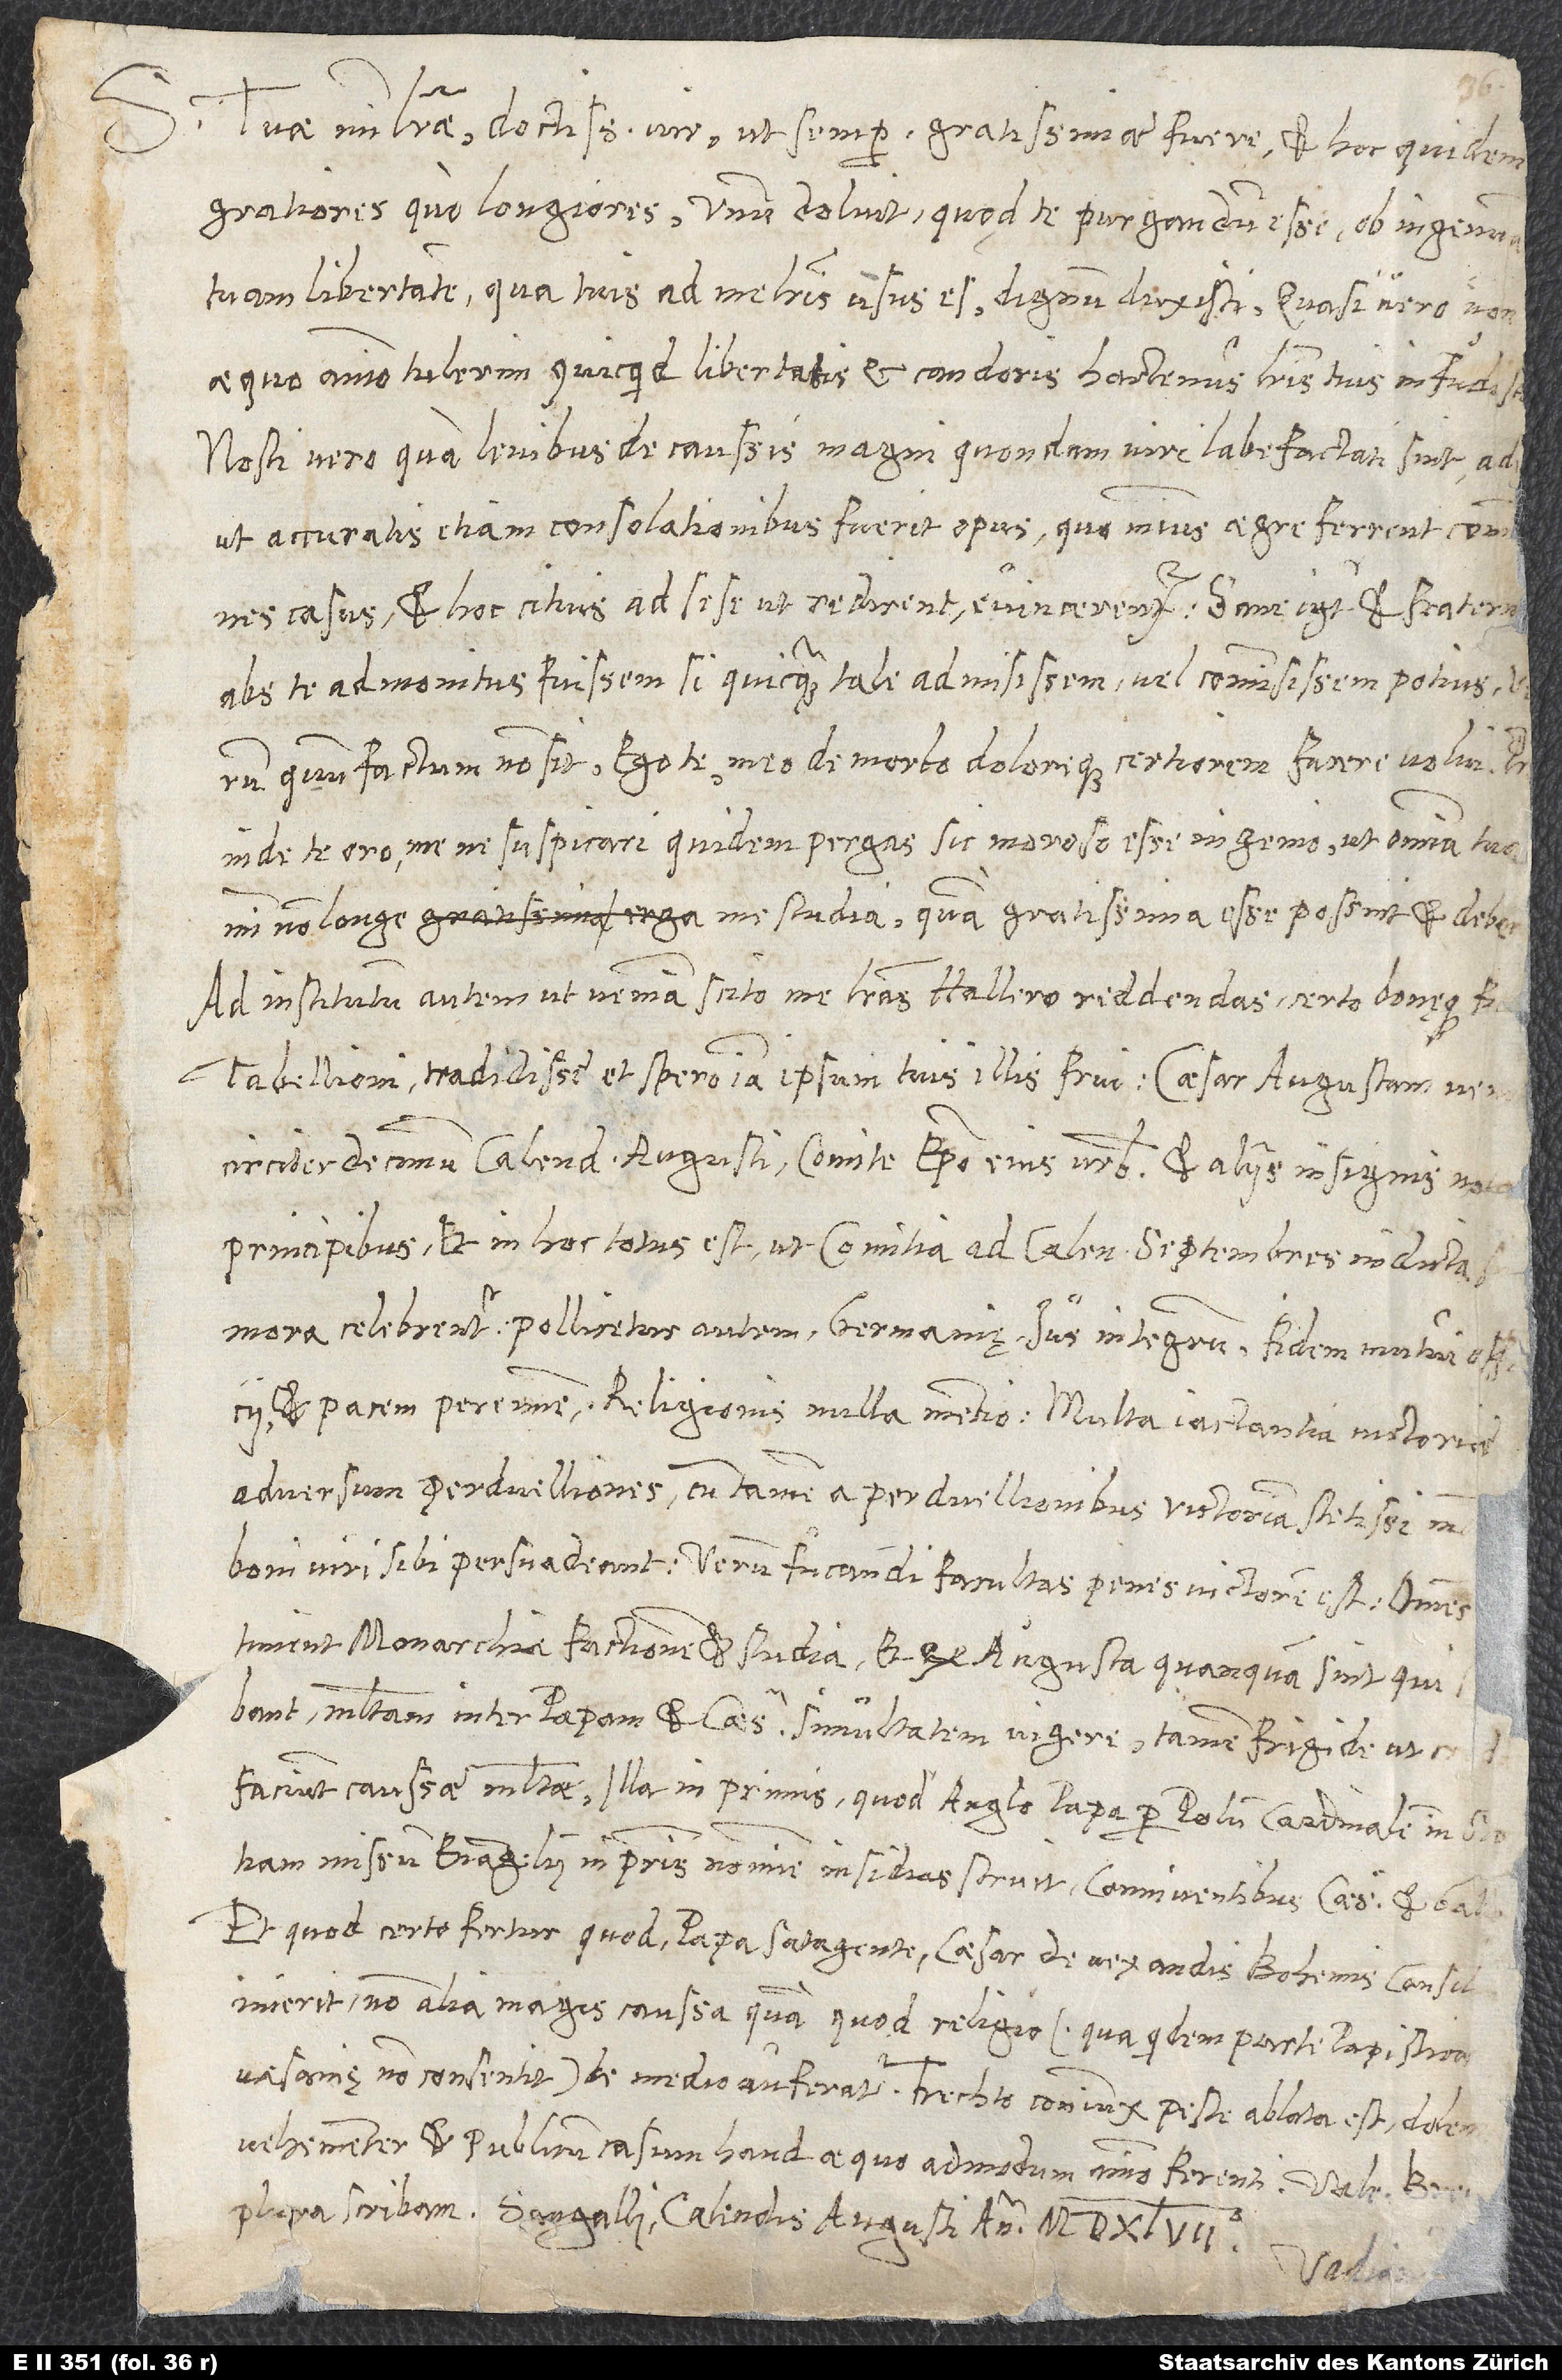
d.
S. Tuae mihi literae, doctissime vir, ut semper gratissimae fuere, et hoc quidem
gratiores quo longiores. Unum doluit, quod te purgandum esse ob ingenuam
tuam libertatem, qua tuis ad me literis usus es, dignum duxisti, quasi vero non
aequo animo tulerim, quicquid libertatis et candoris hactenus literis tuis infudisti.
Nosti vero, quam levibus de caussis magni quondam viri labefacti sint, ade
ut acuratis etiam consolationibus fuerit opus, quominus aegre ferrent communes
Ad institutum autem ut veniam, scito, me literas Hallero reddendas certo bonęque fid
circiter decimum calendas augusti comite episcopo eius urbis et aliis insignis notae
principibus et in hoc totus est, ut comitia ad calendas septembres indicta
multam inter papam et caesarem simultatem vigere, tamen frigide, ut credam.
Faciunt caussae multae, illa inprimis, quod Anglo papa per Polum cardinalem in Scotiam
missum evangelii inprimis nomine insidias struit conniventibus caesare et Gallo,
et quod certe fertur, quod papa satagente caesar de vexandis Bohemis consilium
inierit, non alia magis caussa, quam quod religio (qua quidem parte papisticae
vehementer, et publicum casum haud aequo admodum animo ferenti.
plura scribam. Sangalli, calendis augusti, anno 1547.